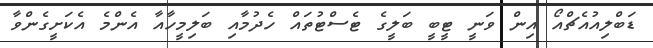
ޑަބްލިއުއެޗްއޯ އިން ވަނީ ޓީބީ ބަލީގެ ޓެސްޓުތައް ހެދުމާއި ބަލިމީހާއާ އެންމެ އެކަށީގެންވާ